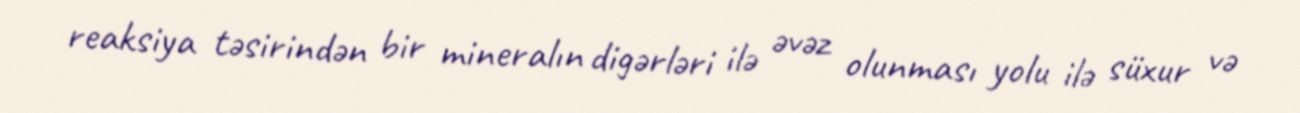
reaksiya təsirindən bir mineralın digərləri ilə əvəz olunması yolu ilə süxur və